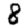
Digit: 8